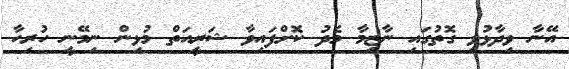
އޭނާ ވިދާޅުވި ގޮތުގައި ނާޒިމާ މެދު ކޮށްފައިވާ ޝަރީއަތް މުޅިން ނިމޭނީ ހުރިހާ